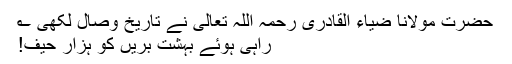
حضرت مولانا ضیاء القادری رحمہ اللہ تعالیٰ نے تاریخ وصال لکھی ؎
راہی ہوئے بہشت بریں کو ہزار حیف!